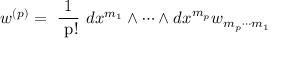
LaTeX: w ^ { ( p ) } = \mathrm { ~ { \frac { 1 } { ~ p ! } } ~ } d x ^ { m _ { 1 } } \wedge \cdots \wedge d x ^ { m _ { p } } w _ { m _ { p } \cdots m _ { 1 } }